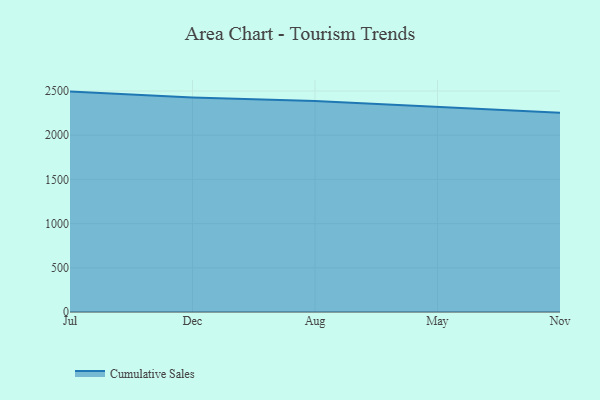
{"axis": {"x": "Month", "y": "Market Share (%)"}, "legend": ["Cumulative Sales"], "data": [{"x": "Jul", "y": 2493.3, "type": "Cumulative Sales"}, {"x": "Dec", "y": 2426.0, "type": "Cumulative Sales"}, {"x": "Aug", "y": 2387.6, "type": "Cumulative Sales"}, {"x": "May", "y": 2325.1, "type": "Cumulative Sales"}, {"x": "Nov", "y": 2255.2, "type": "Cumulative Sales"}]}